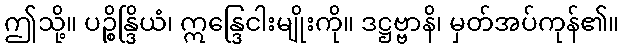
ဤသို့။ ပဉ္စိန္ဒြိယံ၊ ဣန္ဒြေငါးမျိုးကို။ ဒဋ္ဌဗ္ဗာနိ၊ မှတ်အပ်ကုန်၏။